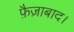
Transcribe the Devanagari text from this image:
फ़ैज़ाबाद।